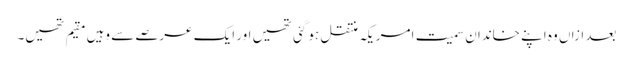
بعد ازاں وہ اپنے خاندان سمیت امریکہ منتقل ہو گئی تھیں اور ایک عرصے سے وہیں مقیم تھیں۔